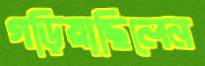
গড়িয়াছিলেন